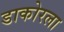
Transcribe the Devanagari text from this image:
डाकोरला